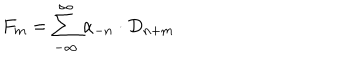
F _ { m } = \sum _ { - \infty } ^ { \infty } \alpha _ { - n } \cdot D _ { n + m }